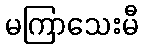
မကြာသေးမီ